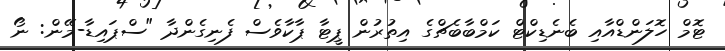
ޓޮމް ހޮލަންޑްއާއި ބެނެޑިކްޓް ކަމްބާބެޗްގެ އިތުރުން ޕީޓާ ޕާކާވެސް ފެނިގެންދާ "ސްޕައިޑާ-މޭން: ނޯ